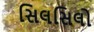
સિલસિલો